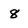
Character: 8